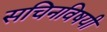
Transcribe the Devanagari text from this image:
सचिनविषयी